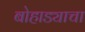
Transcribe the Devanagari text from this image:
बोहाड्याचा